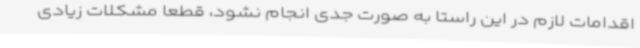
اقدامات لازم در این راستا به صورت جدی انجام نشود، قطعا مشکلات زیادی